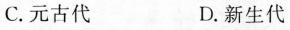
C.元古代 D.新生代